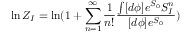
\ln Z _ { I } = \ln ( 1 + \sum _ { n = 1 } ^ { \infty } \frac { 1 } { n ! } \frac { \int [ d \phi ] e ^ { S _ { 0 } } S _ { I } ^ { n } } { [ d \phi ] e ^ { S _ { 0 } } } )